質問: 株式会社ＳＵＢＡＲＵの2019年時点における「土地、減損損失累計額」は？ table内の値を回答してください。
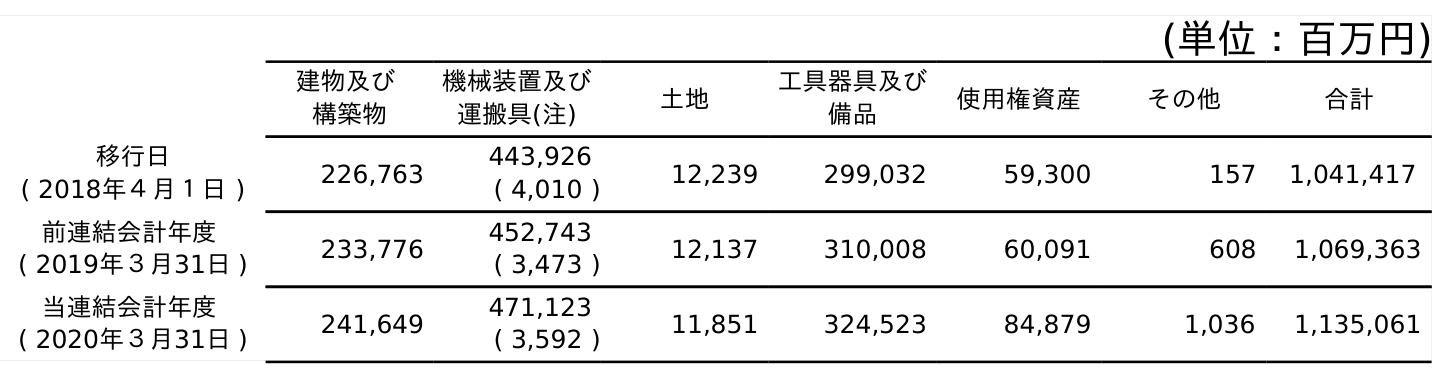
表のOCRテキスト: (単位：百万円) 建物及び 構築物 機械装置及び 運搬具(注) 土地 工具器具及び 備品 使用権資産 その他 合計 移行日 ( 2018年４月１日 ) 226,763 443,926 ( 4,010 ) 12,239 299,032 59,300 157 1,041,417 前連結会計年度 ( 2019年３月31日 ) 233,776 452,743 ( 3,473 ) 12,137 310,008 60,091 608 1,069,363 当連結会計年度 ( 2020年３月31日 ) 241,649 471,123 ( 3,592 ) 11,851 324,523 84,879 1,036 1,135,061
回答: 12,137